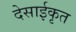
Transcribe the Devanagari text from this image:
देसाईकृत